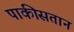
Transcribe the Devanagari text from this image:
पाकीसतान